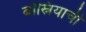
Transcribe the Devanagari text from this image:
बोस्नियाची